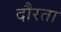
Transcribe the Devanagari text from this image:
दौरता